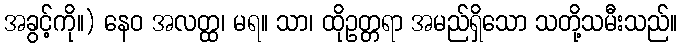
အခွင့်ကို။) နေဝ အလတ္ထ၊ မရ။ သာ၊ ထိုဥတ္တရာ အမည်ရှိသော သတို့သမီးသည်။